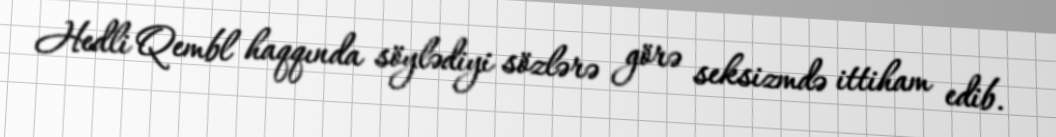
Hedli Qembl haqqında söylədiyi sözlərə görə seksizmdə ittiham edib.